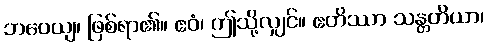
ဘဝေယျ၊ ဖြစ်ရာ၏။ ဧဝံ၊ ဤသို့လျှင်။ ဧတိဿာ သန္တတိယာ၊